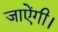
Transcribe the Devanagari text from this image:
जाऐंगी।